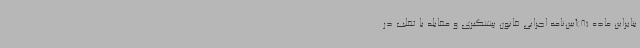
بنابراین ماده (8)آیین‌نامه اجرایی قانون پیشگیری و مقابله با تقلب در